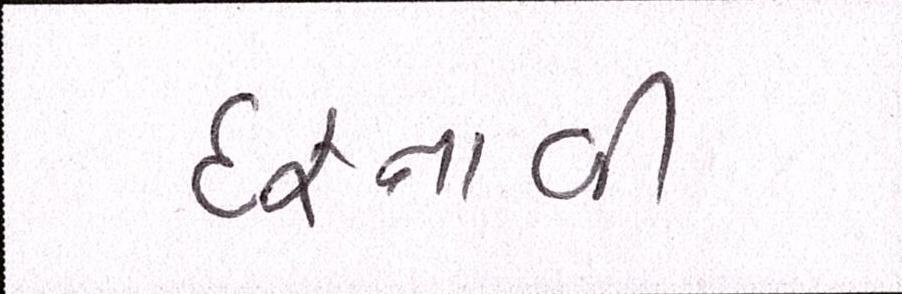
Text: દફનાવી